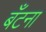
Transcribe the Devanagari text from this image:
बँटना